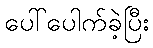
ပေါ်ပေါက်ခဲ့ပြီး